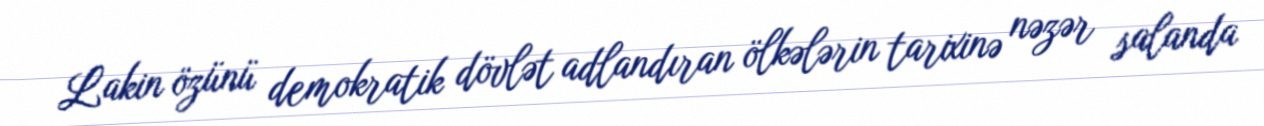
Lakin özünü demokratik dövlət adlandıran ölkələrin tarixinə nəzər salanda